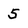
Character: 5